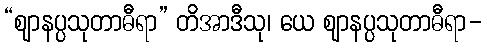
“ဈာနပ္ပသုတာဓီရာ” တိအာဒီသု၊ ယေ ဈာနပ္ပသုတာဓီရာ-